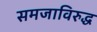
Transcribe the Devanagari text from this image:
समजाविरुद्ध